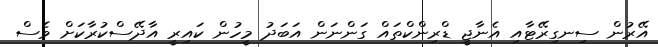
އޭރުން ސިނގިރޭޓާއި އެނާޖީ ޑްރިންކްތައް ގަންނަން އަބަދު މީހުން ކައިރީ އާދޭސްކުރާކަށް ވެސް